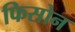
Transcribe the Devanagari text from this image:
फिसोन